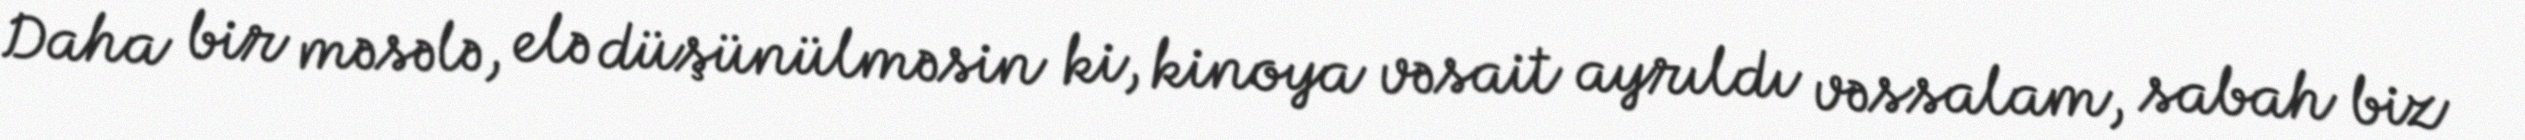
Daha bir məsələ, elə düşünülməsin ki, kinoya vəsait ayrıldı vəssalam, sabah biz